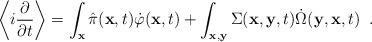
\begin{align*}\left \langle i \frac{\partial}{\partial t} \right \rangle =\int_{\bf x} \hat\pi({\bf x}, t) \dot\varphi({\bf x}, t)+ \int_{\bf x,y} \Sigma({\bf x}, {\bf y}, t) \dot\Omega({\bf y}, {\bf x}, t) \;\;.\end{align*}